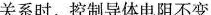
关系时，控制导体电阻不变